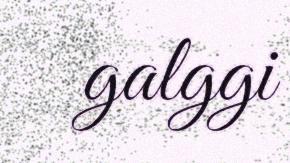
galggi